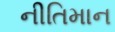
નીતિમાન